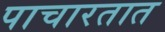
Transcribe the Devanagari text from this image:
पाचारतात